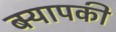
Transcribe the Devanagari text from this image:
बर्‍यापकी